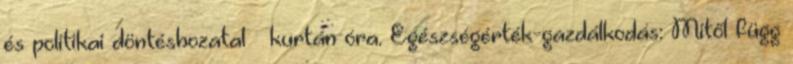
és politikai döntéshozatal  kurtán óra. Egészségérték-gazdálkodás: Mitől függ